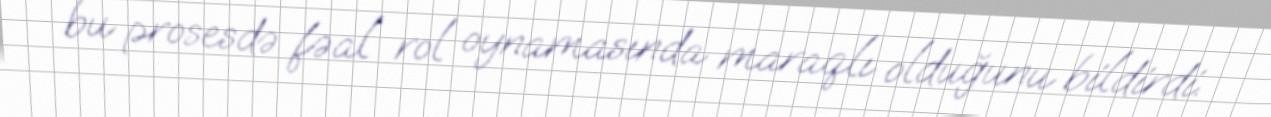
bu prosesdə fəal rol oynamasında maraqlı olduğunu bildirdi.